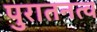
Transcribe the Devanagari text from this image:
पुरातनत्व